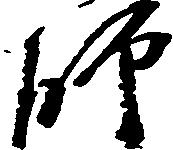
師